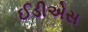
ઈડીએસ